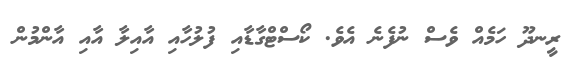
ރީނދޫ ހަމެއް ވެސް ނުފެނެ އެވެ. ކޯސްޓްގާޑާއި ފުލުހާއި އާއިލާ އާއި އާންމުން